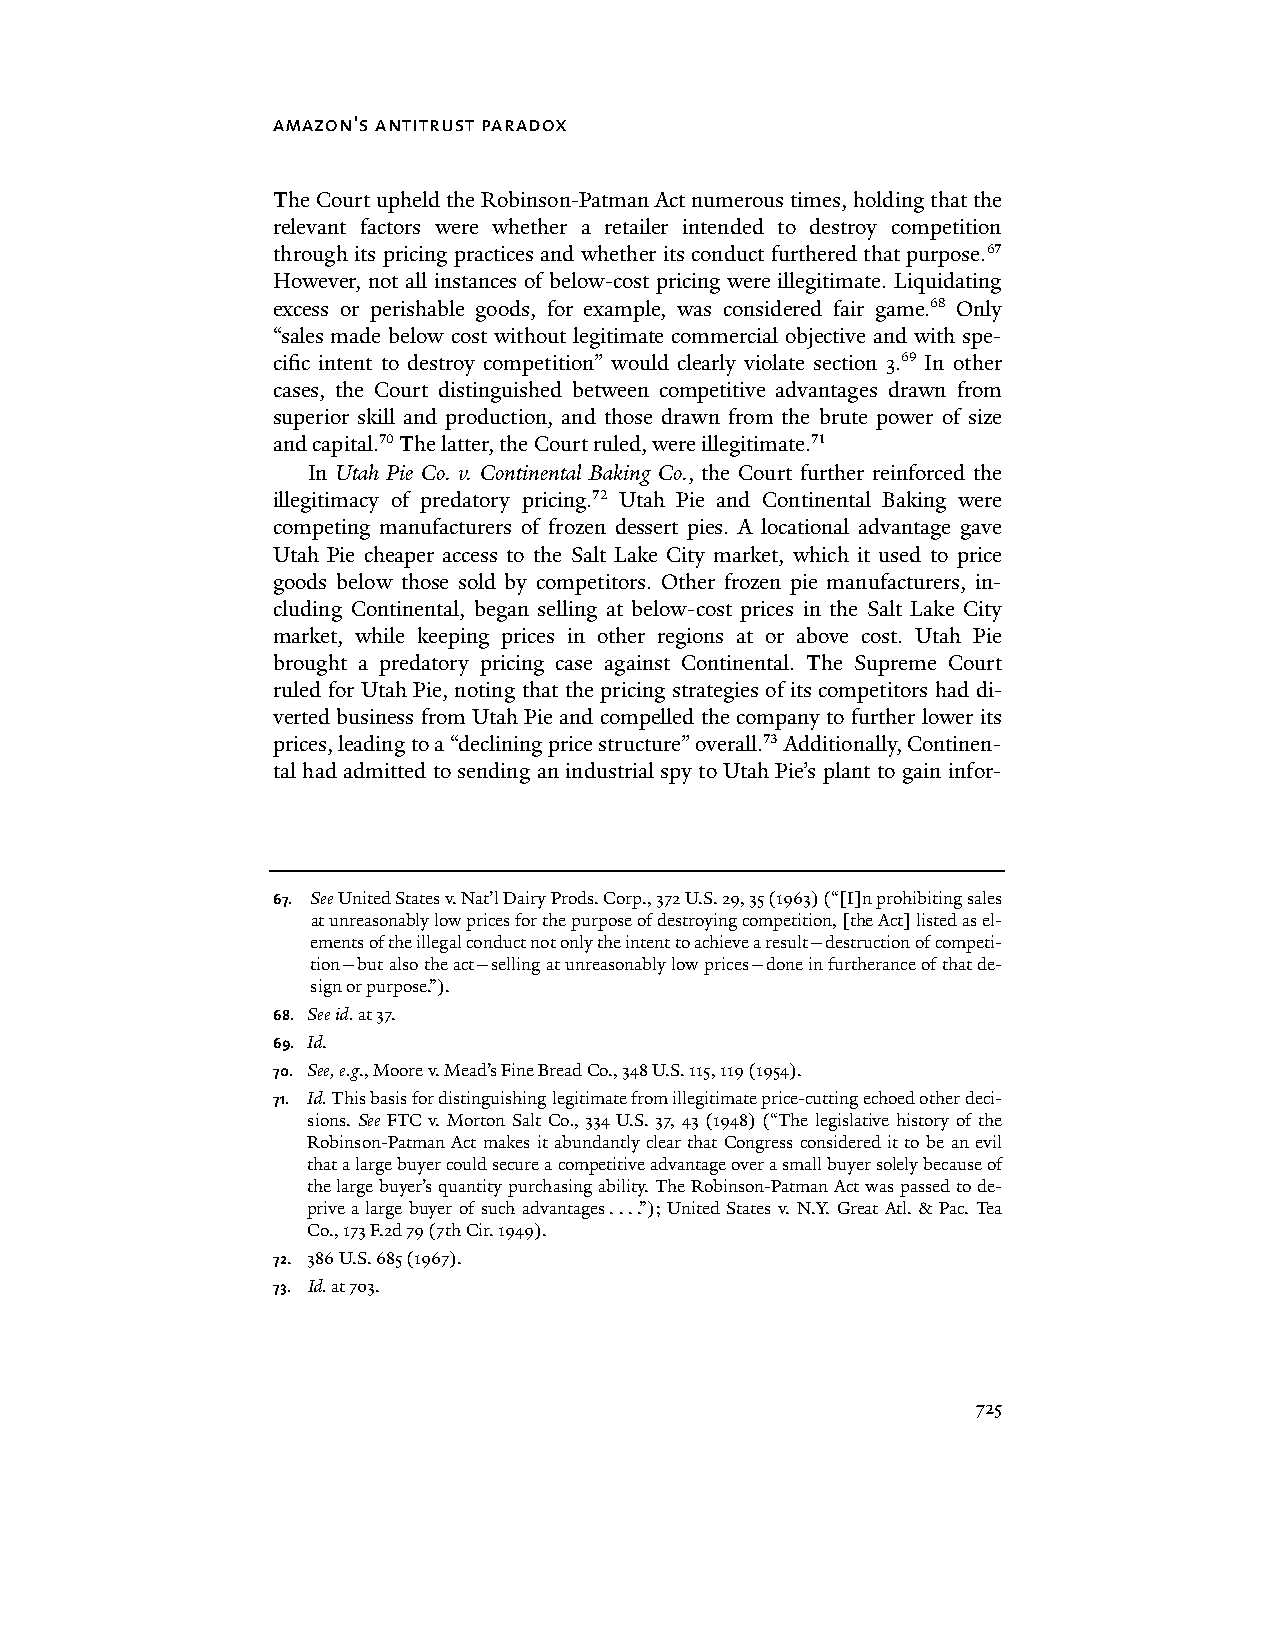
amazon's antitrust paradox
 The Court upheld the Robinson-Patman Act numerous times, holding that the
 relevant factors were whether a retailer intended to destroy competition
 through its pricing practices and whether its conduct furthered that purpose.67
 However, not all instances of below-cost pricing were illegitimate. Liquidating
 excess or perishable goods, for example, was considered fair game.68 Only
 “sales made below cost without legitimate commercial objective and with spe-
 cific intent to destroy competition” would clearly violate section 3.69 In other
 cases, the Court distinguished between competitive advantages drawn from
 superior skill and production, and those drawn from the brute power of size
 and capital.70 The latter, the Court ruled, were illegitimate.71
 In Utah Pie Co. v. Continental Baking Co., the Court further reinforced the
 illegitimacy of predatory pricing.72 Utah Pie and Continental Baking were
 competing manufacturers of frozen dessert pies. A locational advantage gave
 Utah Pie cheaper access to the Salt Lake City market, which it used to price
 goods below those sold by competitors. Other frozen pie manufacturers, in-
 cluding Continental, began selling at below-cost prices in the Salt Lake City
 market, while keeping prices in other regions at or above cost. Utah Pie
 brought a predatory pricing case against Continental. The Supreme Court
 ruled for Utah Pie, noting that the pricing strategies of its competitors had di-
 verted business from Utah Pie and compelled the company to further lower its
 prices, leading to a “declining price structure” overall.73 Additionally, Continen-
 tal had admitted to sending an industrial spy to Utah Pie’s plant to gain infor-
 67. See United States v. Nat’l Dairy Prods. Corp., 372 U.S. 29, 35 (1963) (“[I]n prohibiting sales
 at unreasonably low prices for the purpose of destroying competition, [the Act] listed as el-
 ements of the illegal conduct not only the intent to achieve a result—destruction of competi-
 tion—but also the act—selling at unreasonably low prices—done in furtherance of that de-
 sign or purpose.”).
 68. See id. at 37.
 69. Id.
 70. See, e.g., Moore v. Mead’s Fine Bread Co., 348 U.S. 115, 119 (1954).
 71. Id. This basis for distinguishing legitimate from illegitimate price-cutting echoed other deci-
 sions. See FTC v. Morton Salt Co., 334 U.S. 37, 43 (1948) (“The legislative history of the
 Robinson-Patman Act makes it abundantly clear that Congress considered it to be an evil
 that a large buyer could secure a competitive advantage over a small buyer solely because of
 the large buyer’s quantity purchasing ability. The Robinson-Patman Act was passed to de-
 prive a large buyer of such advantages . . . .”); United States v. N.Y. Great Atl. & Pac. Tea
 Co., 173 F.2d 79 (7th Cir. 1949).
 72. 386 U.S. 685 (1967).
 73. Id. at 703.
 725